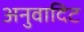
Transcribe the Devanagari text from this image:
अनुवादिट